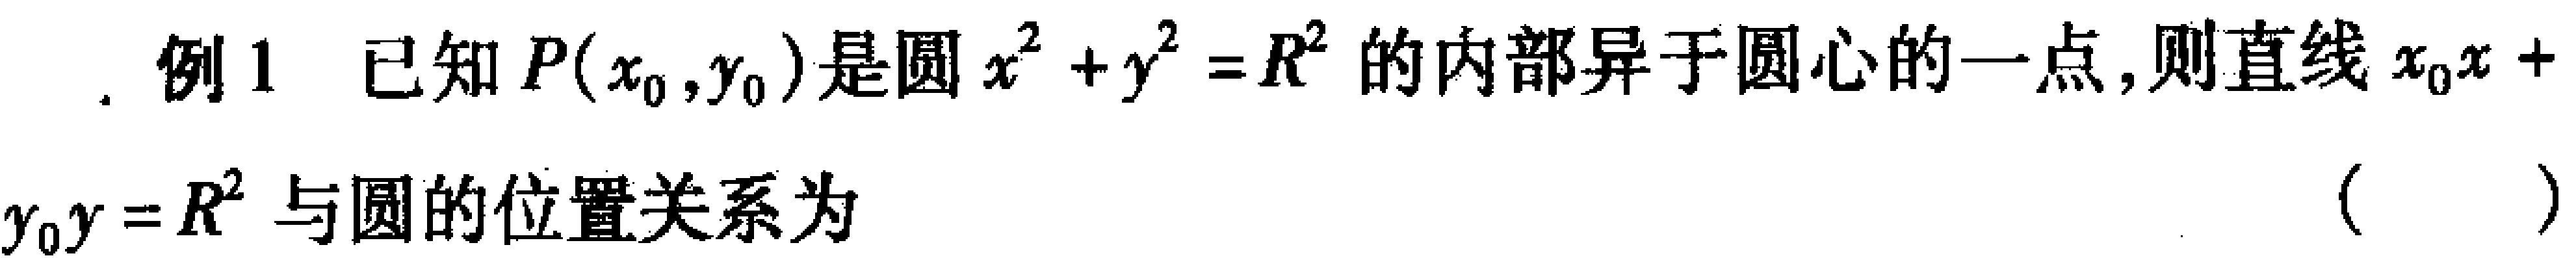
. 例1 已知\(P(x_{0},y_{0})\)是圆\(x^{2}+y^{2}=R^{2}\)的内部异于圆心的一点,则直线\(x_{0}x + y_{0}y=R^{2}\)与圆的位置关系为 （  ）